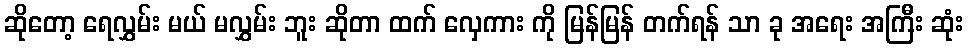
ဆိုတော့ ရေလွှမ်း မယ် မလွှမ်း ဘူး ဆိုတာ ထက် လှေကား ကို မြန်မြန် တက်ရန် သာ ခု အရေး အကြီး ဆုံး